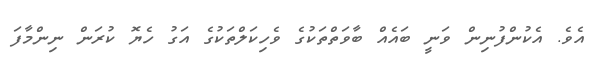
އެވެ. އެކުންފުނިން ވަނީ ބައެއް ބާވަތްތަކުގެ ވެހިކަލްތަަކުގެ އަގު ހެޔޮ ކުރަން ނިންމާފަ